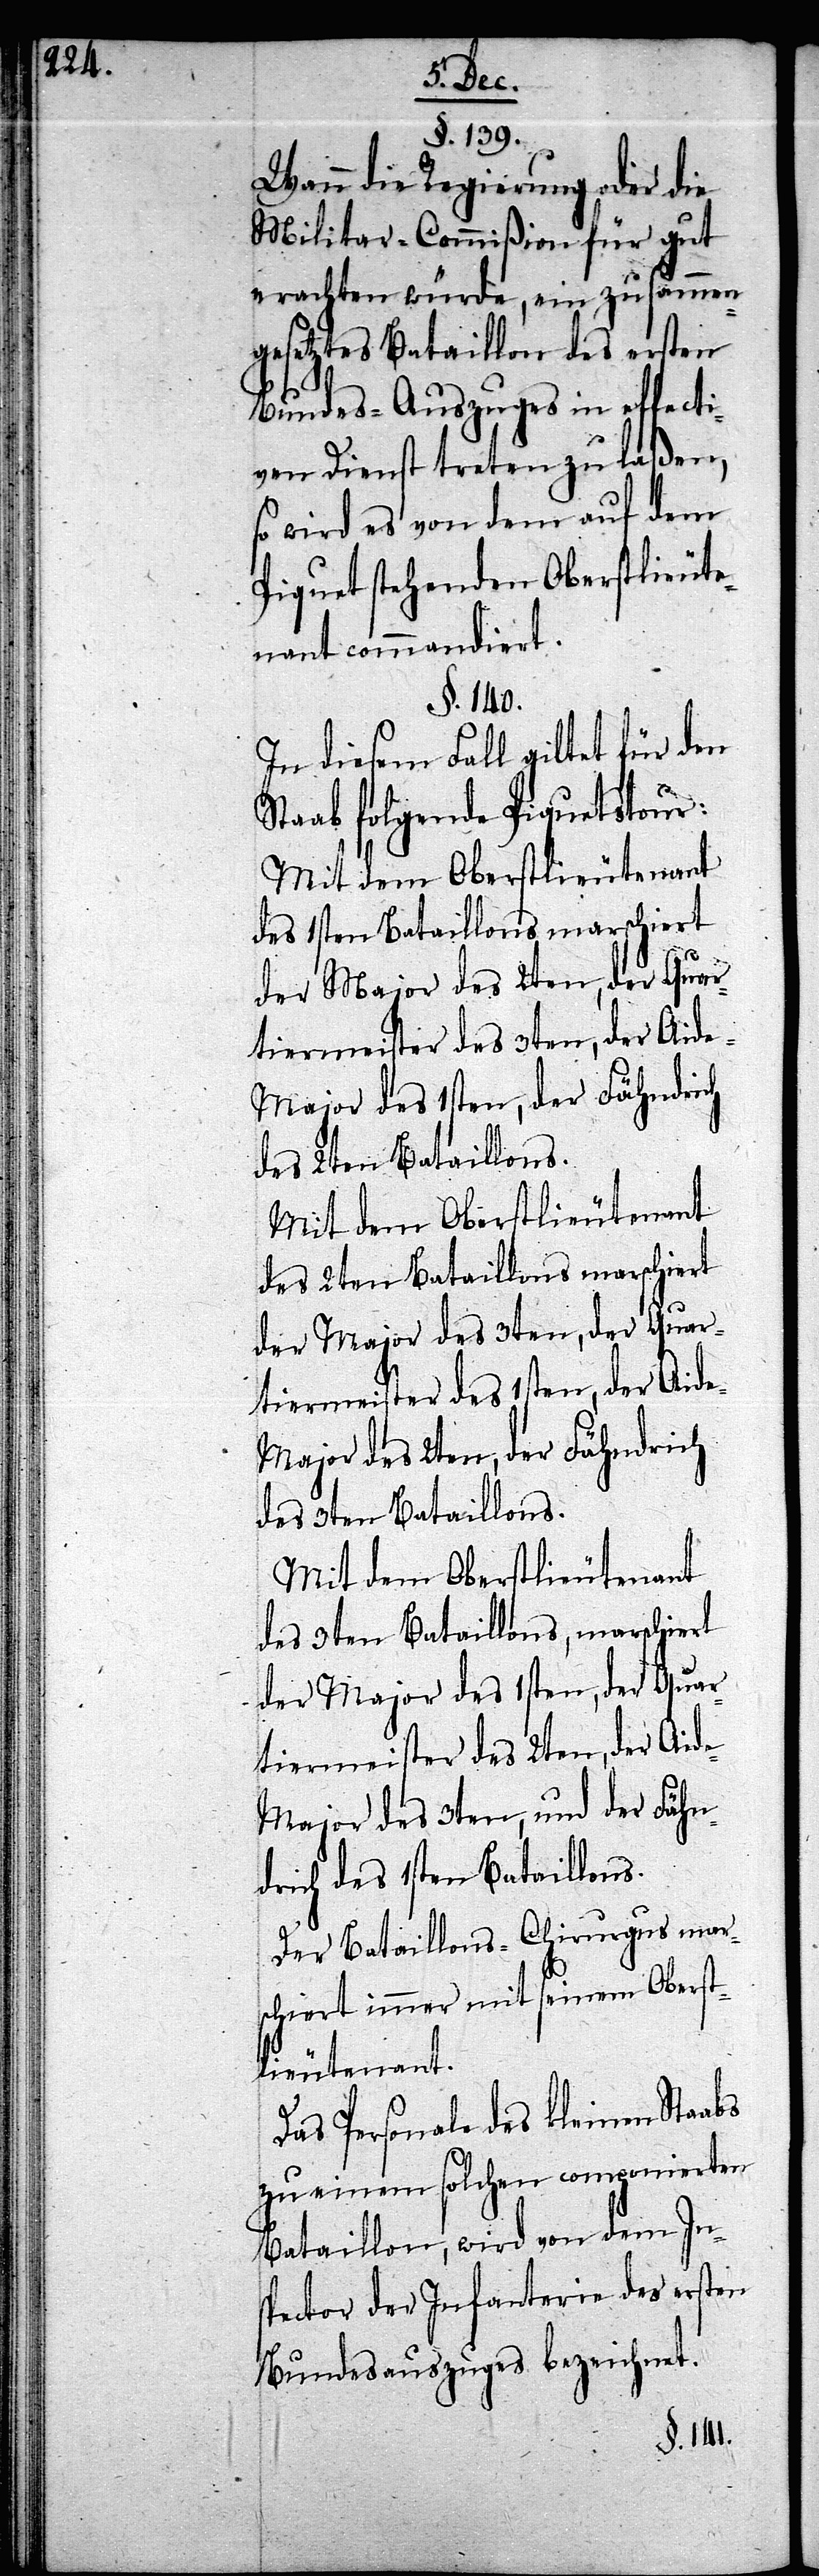
§. 139.
Wann die Regierung oder die
Militar-Commißion für gut
erachten würde, ein zusammen¬
gesetztes Bataillon des ersten
Bundes-Auszuges in effecti¬
ven Dienst treten zu laßen,
so wird es von dem auf dem
Piquet stehenden Oberstlieute¬
nant commandiert.
§. 140.
In diesem Fall giltet für den
Staab folgende Piquetstour:
Mit dem Oberstlieutenant
des 1sten Bataillons marschiert
tiermeister des 3ten, der Aide-M¬
ajor des 1sten, der Fähndrich
des 2ten Bataillons.
Mit dem Oberstlieutenant
des 3ten Bataillons, marschiert
der Major des 3ten, der Quar¬
tiermeister des 1sten, der Aid¬
e-Major des 2ten, der Fähndrich
des 3ten Bataillons.
Mit dem Oberstlieutenant
der Major des 1sten, der Quar¬
tiermeister des 2ten, der Aid¬
e-Major des 3ten und der Fähn¬
drich des 1sten Bataillons.
Der Bataillons-Chirurgus mar¬
schiert immer mit seinem Oberst¬
lieutenant.
Das Personale des Kleinen Staabs
zu einem solchen componierten
Bataillon, wird von dem In¬
spector der Infanterie des ersten
Bundesauszuges bezeichnet.